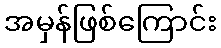
အမှန်ဖြစ်ကြောင်း